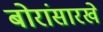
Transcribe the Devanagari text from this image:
बोरांसारखे